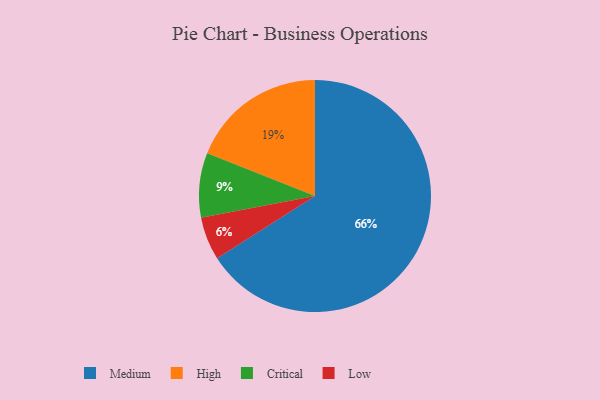
{"axis": {"x": "Category", "y": "Percentage"}, "legend": ["Critical", "High", "Low", "Medium"], "data": [{"x": "Medium", "y": 66, "type": "Medium"}, {"x": "Low", "y": 6, "type": "Low"}, {"x": "High", "y": 19, "type": "High"}, {"x": "Critical", "y": 9, "type": "Critical"}]}